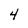
Character: 4